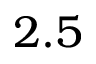
2 . 5